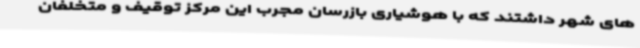
های شهر داشتند که با هوشیاری بازرسان مجرب این مرکز توقیف و متخلفان